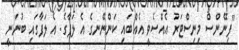
"ފިނޭންސް މިނިސްޓަރު އެއްސެވީ އެއްބައި ކަންނޭނގެ އެ ލަފާގެ. އެ ލަފާގައި ބުނަނީ